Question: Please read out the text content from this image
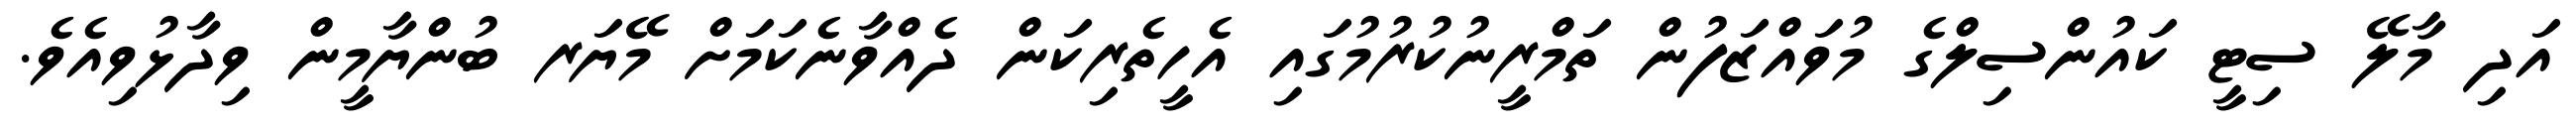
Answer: އަދި މާލޭ ސިޓީ ކައުންސިލްގެ މުވައްޒަފުން ތަމްރީނުކުރުމުގައި އެހީތެރިކަން ދެއްވާނެކަމަށް މޭޔަރ ބުންޔާމީން ވިދާޅުވިއެވެ.